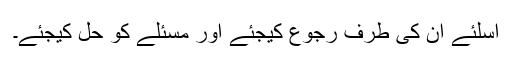
اسلئے اُن کی طرف رجوع کیجئے اور مسئلے کو حل کیجئے۔